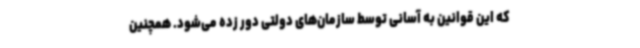
که این قوانین به آسانی توسط سازمان‌های دولتی دور زده می‌شود. همچنین